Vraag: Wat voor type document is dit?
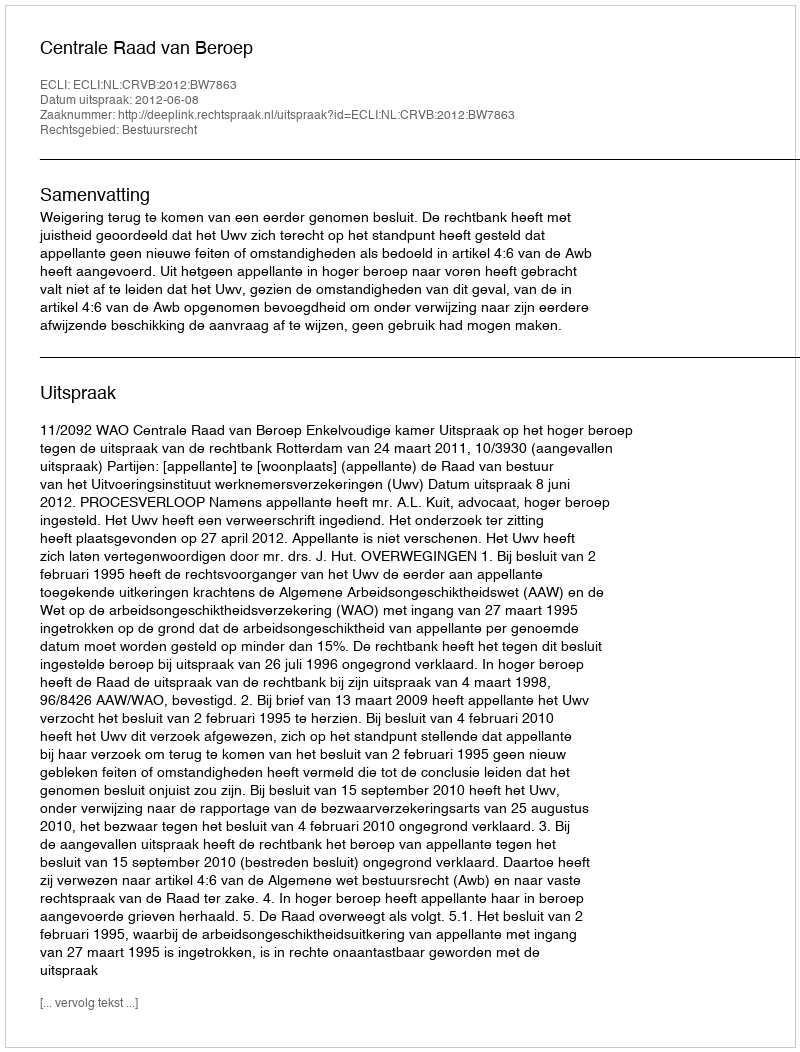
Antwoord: Uitspraak